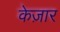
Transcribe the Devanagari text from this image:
केज़ार